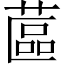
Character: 蓲